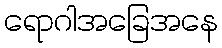
ရောဂါအခြေအနေ